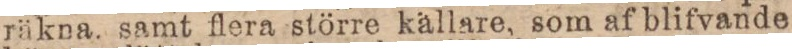
räkna, samt flera större källare, som af blifvande